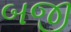
બજી